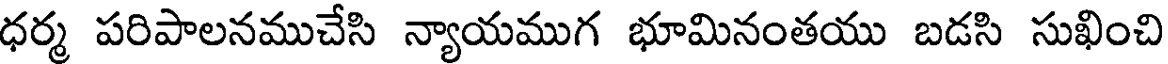
ధర్మ పరిపాలనముచేసి న్యాయముగ భూమినంతయు బడసి సుఖించి